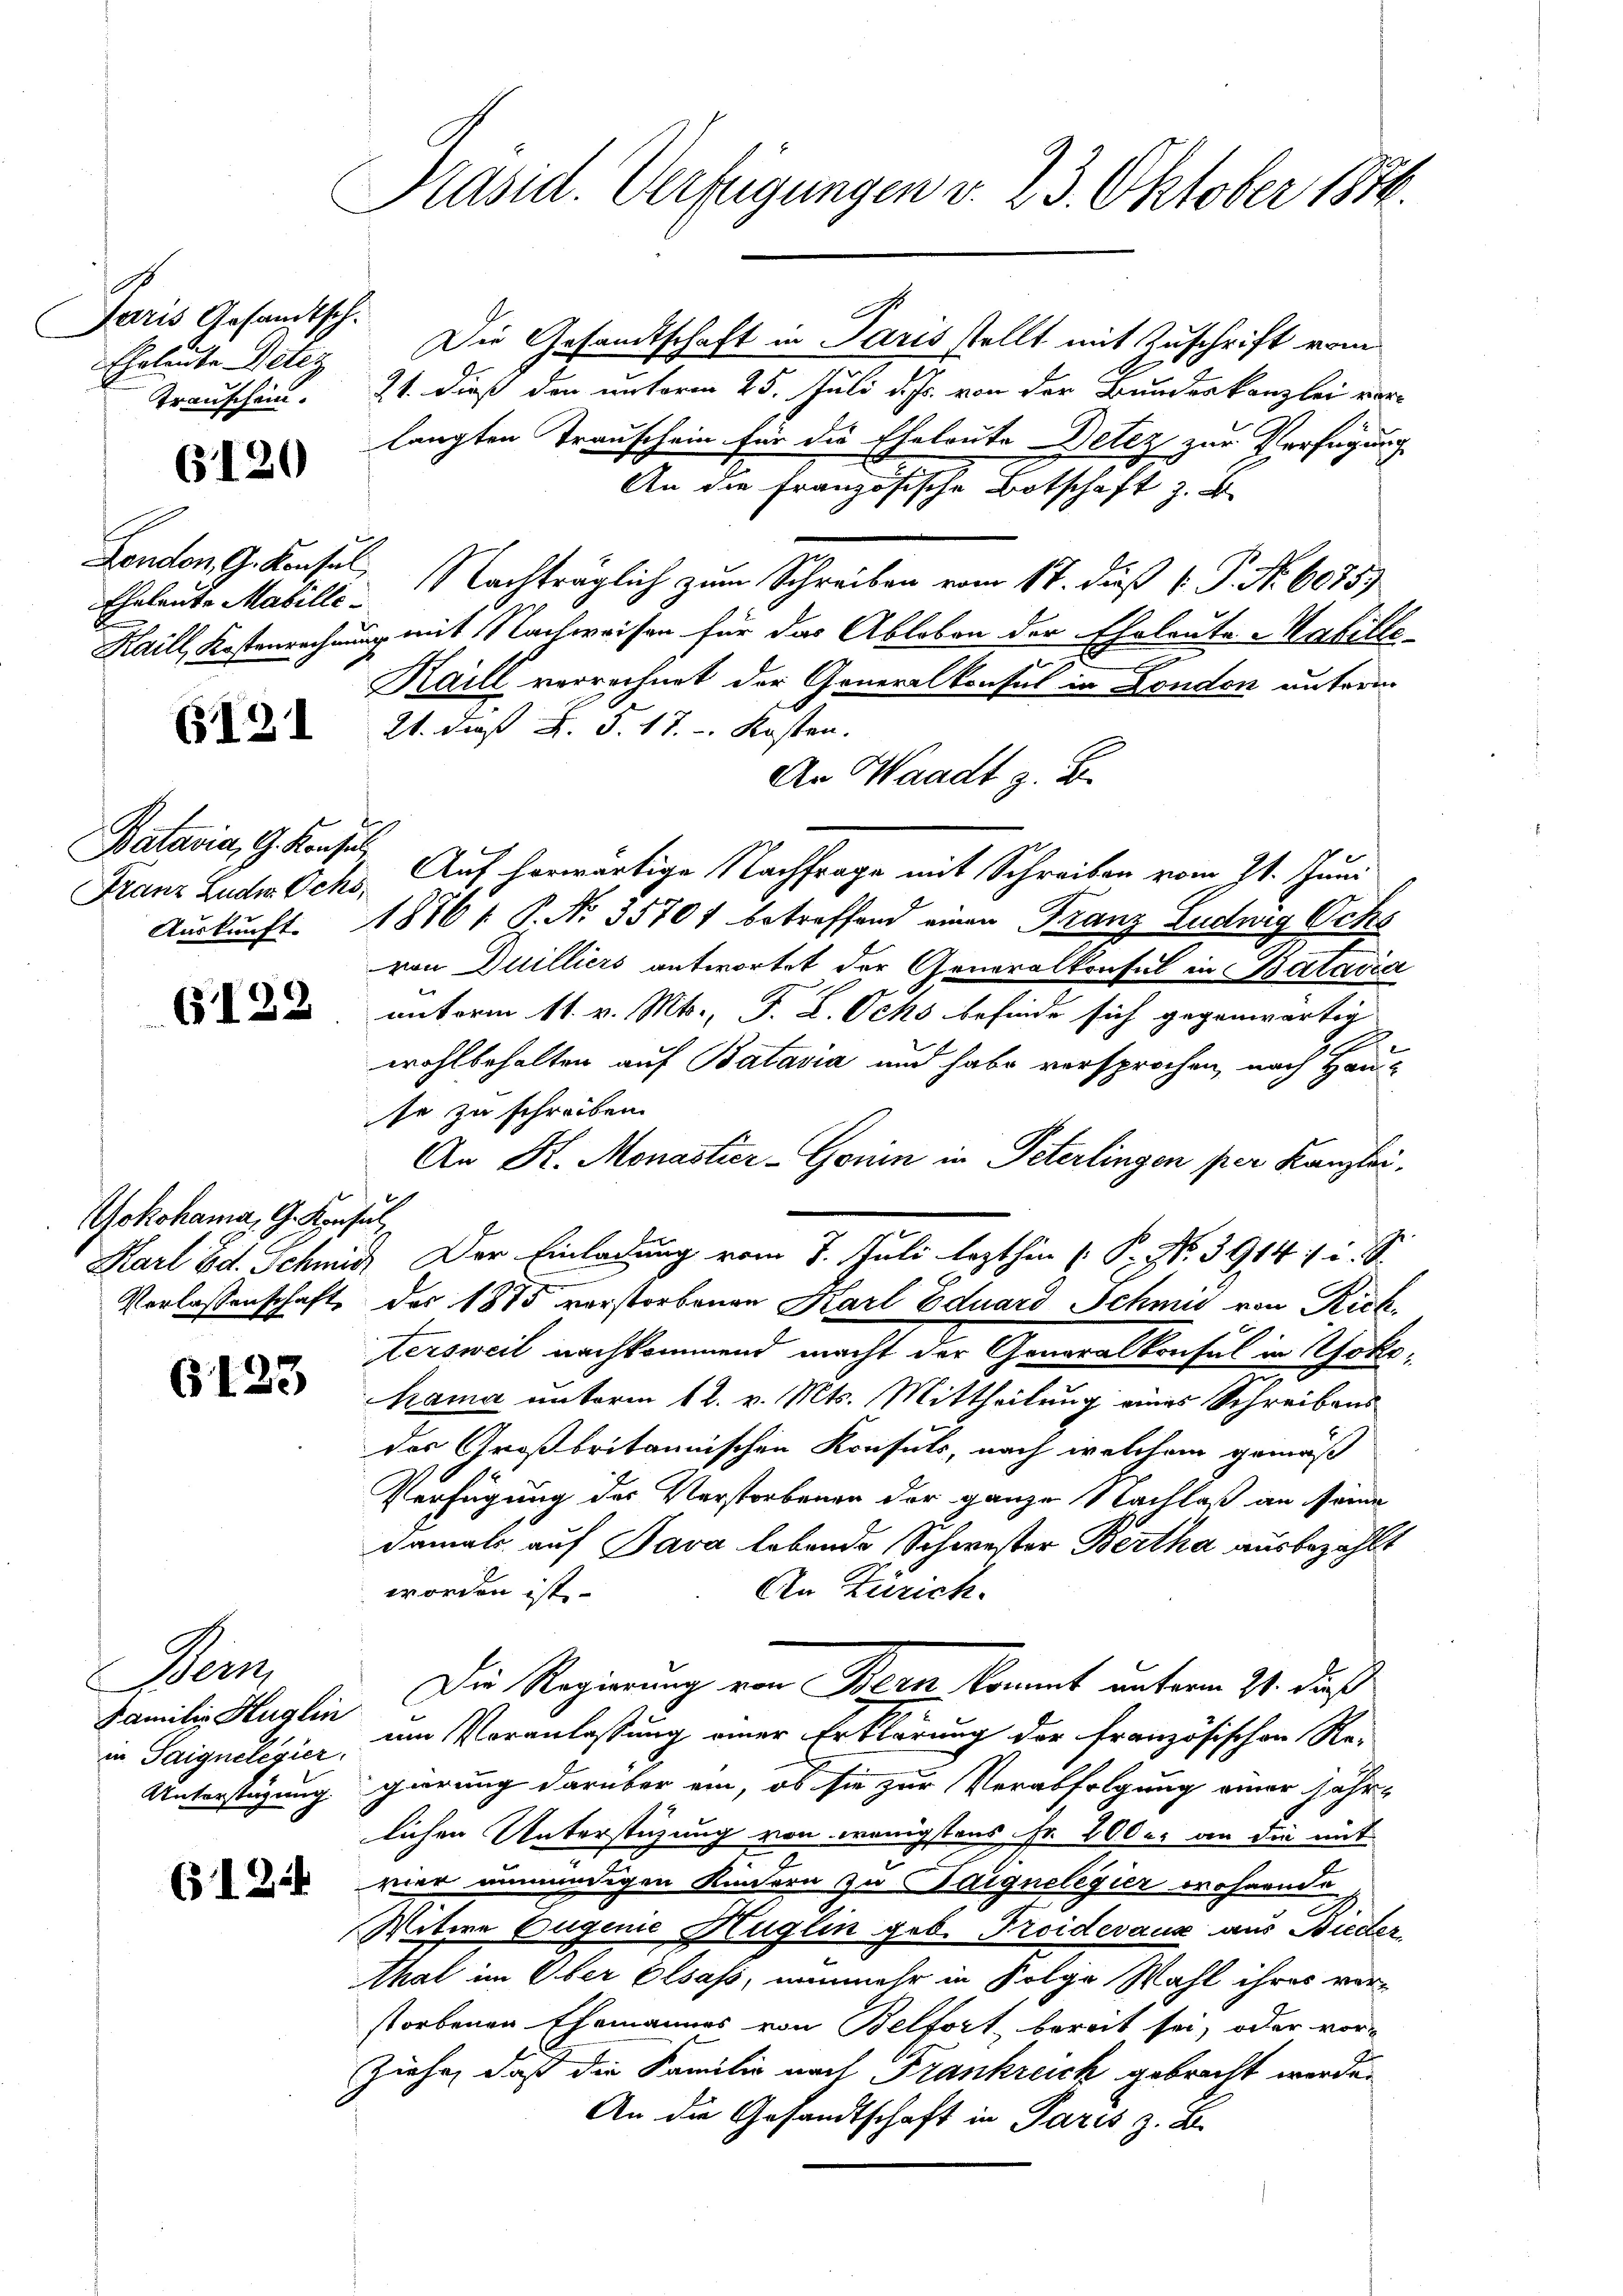
e
Paris Gesandtsch.
Eheleute Geleg

6120

Eheleute Mabille

(121

Batavia, G. Konsul

(122

Yokohama, G. Konsul
Verlassenschaft

6123

Bern
Familie Huglin
in Saignelegier
Unterstüzung

(124

Präsid. Verfügungen v. 23. Oktober 1876.

Die Gesandtschaft in Paris stellt mit Zuschrift vom
Transchein. 21. dieß den unterm 25. Juli d. Js. von der Bundeskanzlei vorlangten Transchein für die Eheleute Detez zur Verfügung
An die Französische Botschaft z. B.
London Gedensel, Nachträglich zum Schreiben vom 17. daß P. Nr. 6075)
Kaill, Kostenrechnung mit Nachweisen für das Abloben der Eheleute Matille-
Haill verrechnet der Generalkonsul in London unterm
21. daß F. S. 17.  Kosten.
An Waadt z. B.
Franz Luder Ochs, Auf herwärtige Nachfrage mit Schreiben vom 21. Juni
Auskunft. 18161 P. No 35701 betreffend einen Franz Ludwig Ochs
von Duilliers antwortet der Generalkonsul in Batavia
unterm 11. v. Mts., F. L. Ochs befinde sich gegenwärtig
wohlbehalten auf Batavia und habe versprochen, nach Hause zu schreiben.
An K. Monastier-Gonin in Peterlingen per Kanzlei.
Karl Ed. Schmid Der Einladung vom 7. Juli lezthin (P. Nr. 3914: i. S.
des 1875 vorstorbenen Karl Eduard Schmid von Rick
59.
tersweil nachkommend macht der Generalkonsul in Yoko¬
Mama unterm 12. v. Mts. Mittheilung eines Schreibens
der Großbritannischen Konsuls, nach welchem gemäß
Verfügung des Verstorbenen der ganze Nachlaß an seine
damals auf Java lebende Schwester Bertha ausbezahlt
worden ist
An Zürich.
Die Regierung von Bern kommt unterm 21. daß
um Voranlassung einer Erklärung der französischen Re-
gierung darüber ein, ob sie zur Verabfolgung einer jähr-
lichen Unterstüzung von wenigstens Fr. 200 er an die mit
vier unmündigen Kindern zu Baignelegier wohnende
Witwe Eugenie Huglin geb. Troidevaux aus Bieder
thal im Über Elsass, nunmehr in Folge Wahl ihrer ver-
storbenen Ehemannes von Belfort bereit sei, oder vor-
Ziehe, daß die Familie nach Frankreich gebracht werde.
An die Gesandtschaft in Paris z. B.